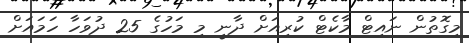
މިގޮތުން ނައިޓް މާކެޓް ކުރިއަށް ދާނީ މި މަހުގެ 25 ދުވަހާ ހަމައަށް